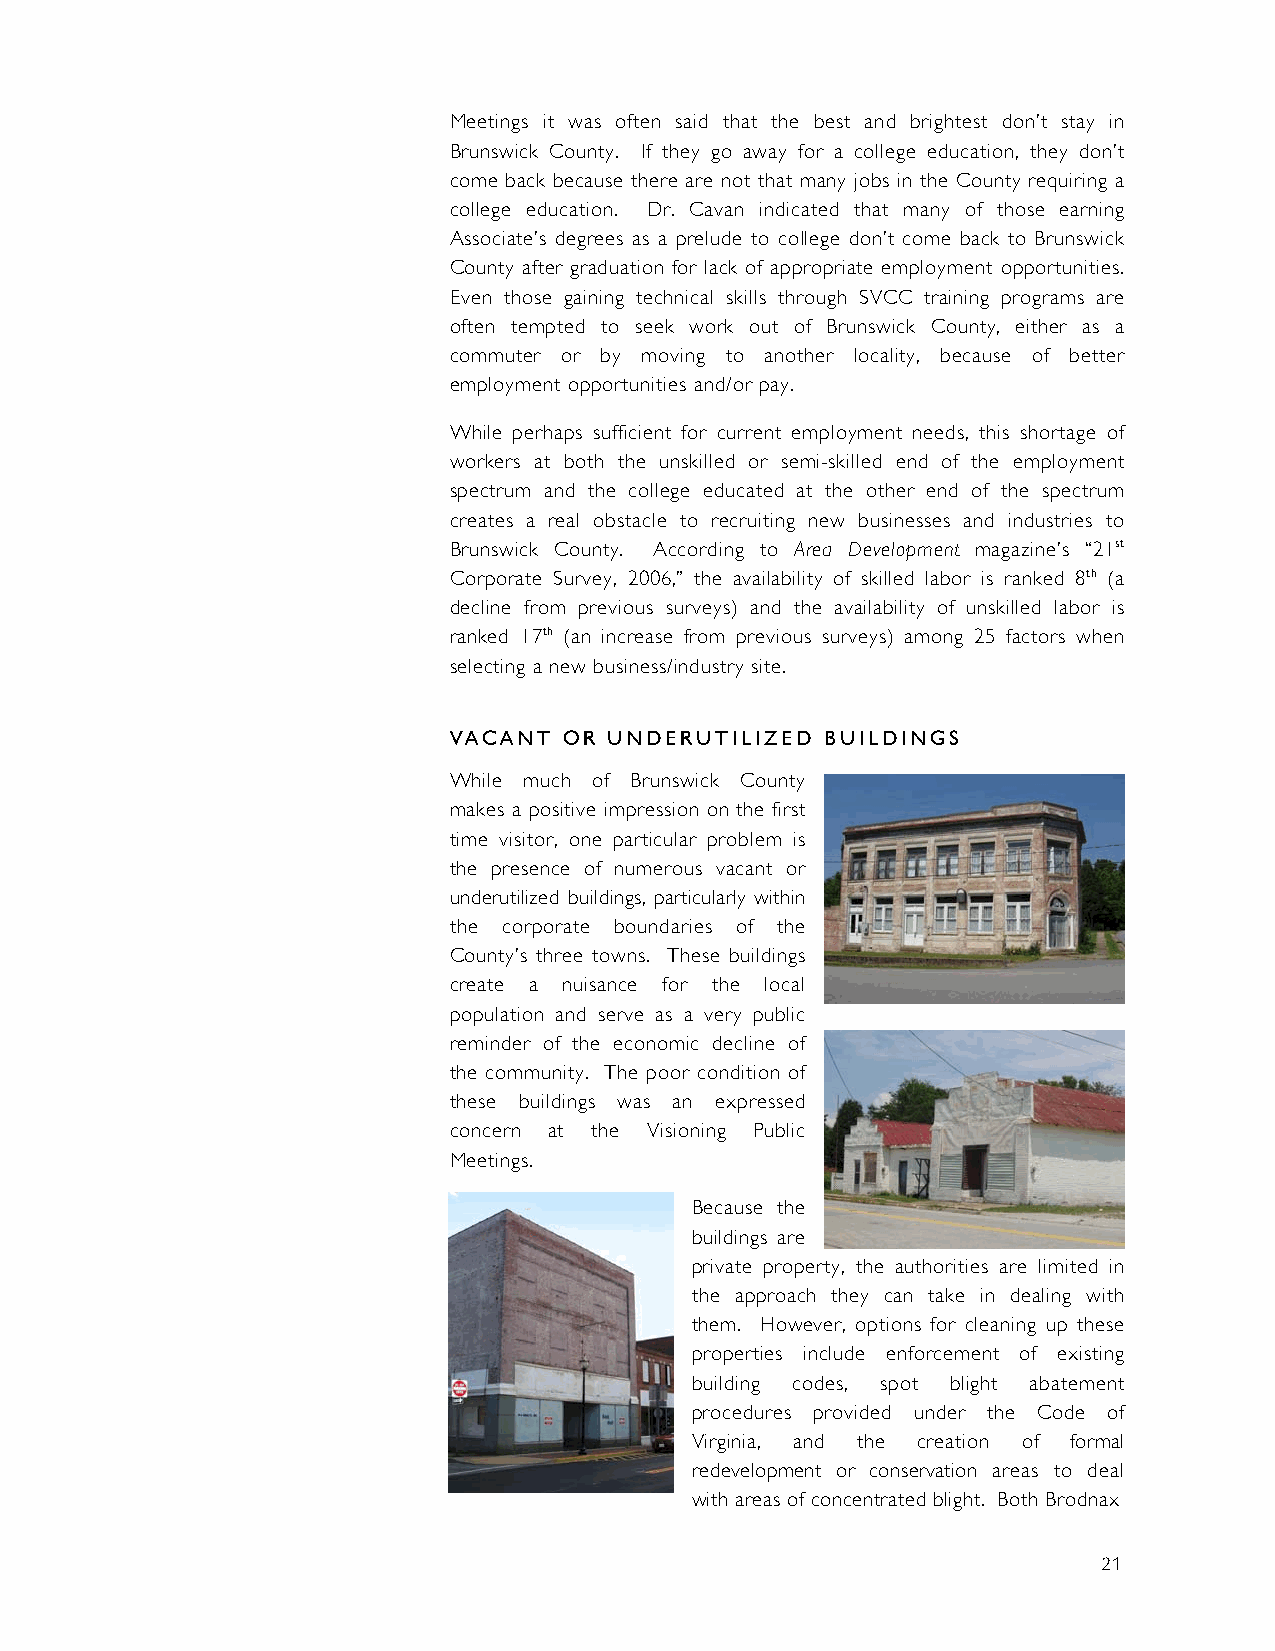
Meetings it was often said that the best and brightest don’t stay in
 Brunswick County. If they go away for a college education, they don’t
 come back because there are not that many jobs in the County requiring a
 college education. Dr. Cavan indicated that many of those earning
 Associate’s degrees as a prelude to college don’t come back to Brunswick
 County after graduation for lack of appropriate employment opportunities.
 Even those gaining technical skills through SVCC training programs are
 often tempted to seek work out of Brunswick County, either as a
 commuter or by moving to another locality, because of better
 employment opportunities and/or pay.
 While perhaps sufficient for current employment needs, this shortage of
 workers at both the unskilled or semi-skilled end of the employment
 spectrum and the college educated at the other end of the spectrum
 creates a real obstacle to recruiting new businesses and industries to
 Brunswick County. According to Area Development magazine’s “21st
 Corporate Survey, 2006,” the availability of skilled labor is ranked 8th (a
 decline from previous surveys) and the availability of unskilled labor is
 ranked 17th (an increase from previous surveys) among 25 factors when
 selecting a new business/industry site.
 VACANT OR UNDERUTILIZED  BUILDINGS
 While much of Brunswick County
 makes a positive impression on the first
 time visitor, one particular problem is
 the presence of numerous vacant or
 underutilized buildings, particularly within
 the corporate boundaries of the
 County’s three towns. These buildings
 create a nuisance for the local
 population and serve as a very public
 reminder of the economic decline of
 the community. The poor condition of
 these buildings was an expressed
 concern at the Visioning Public
 Meetings.
 Because the
 buildings are
 private property, the authorities are limited in
 the approach they can take in dealing with
 them. However, options for cleaning up these
 properties include enforcement of existing
 building codes, spot blight abatement
 procedures provided under the Code of
 Virginia, and the creation of formal
 redevelopment or conservation areas to deal
 with areas of concentrated blight. Both Brodnax
 21